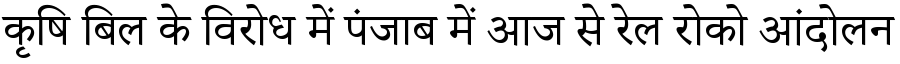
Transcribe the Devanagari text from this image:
कृषि बिल के विरोध में पंजाब में आज से रेल रोको आंदोलन